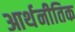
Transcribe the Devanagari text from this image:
आर्थनीतिक